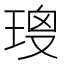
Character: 𤦑